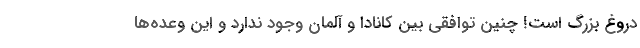
دروغ بزرگ است! چنین توافقی بین کانادا و آلمان وجود ندارد و این وعده‌ها